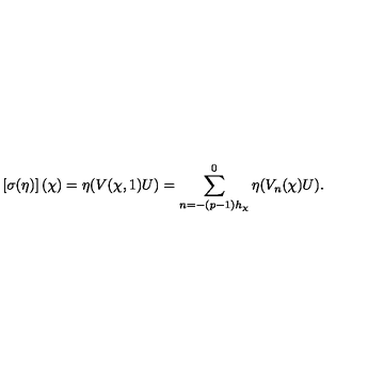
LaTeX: \left[ \sigma ( \eta ) \right] ( \chi ) = \eta ( V ( \chi , 1 ) U ) = \sum _ { n = - ( p - 1 ) h _ { \chi } } ^ { 0 } \eta ( V _ { n } ( \chi ) U ) .